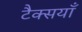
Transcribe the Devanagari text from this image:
टैक्सयाँ